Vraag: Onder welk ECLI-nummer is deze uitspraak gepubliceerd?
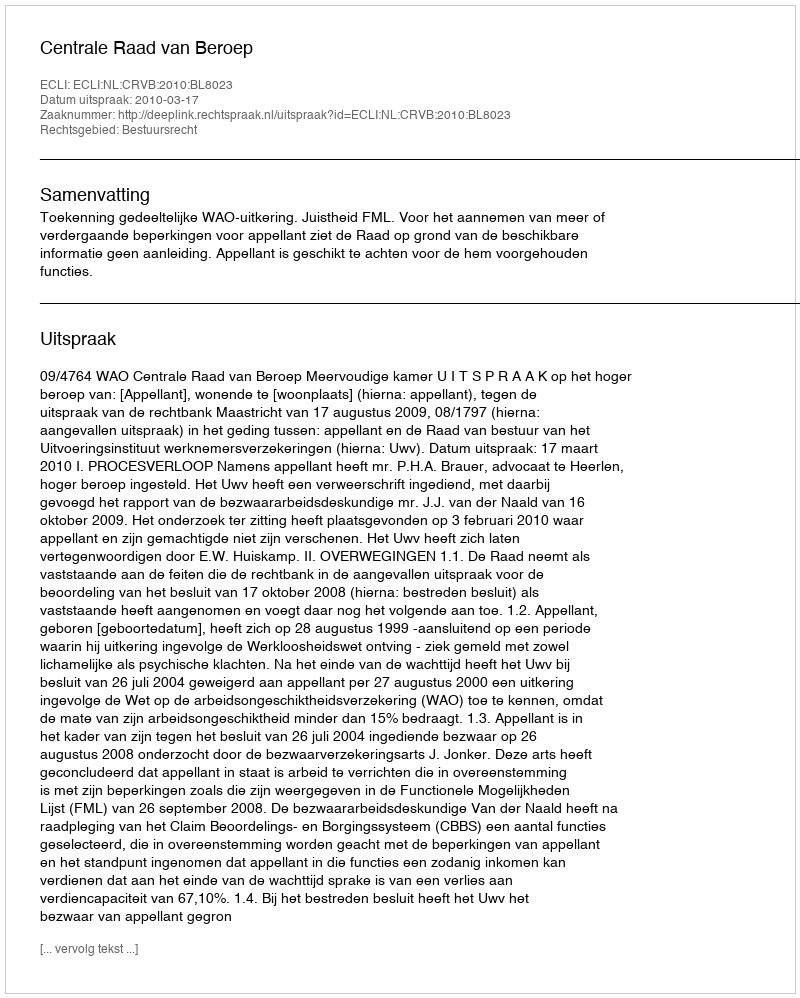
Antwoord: ECLI:NL:CRVB:2010:BL8023